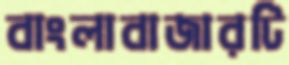
বাংলাবাজারটি